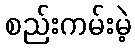
စည်းကမ်းမဲ့